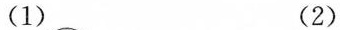
(1) (2)